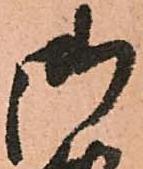
御